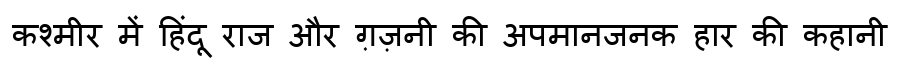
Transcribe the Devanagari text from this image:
कश्मीर में हिंदू राज और ग़ज़नी की अपमानजनक हार की कहानी